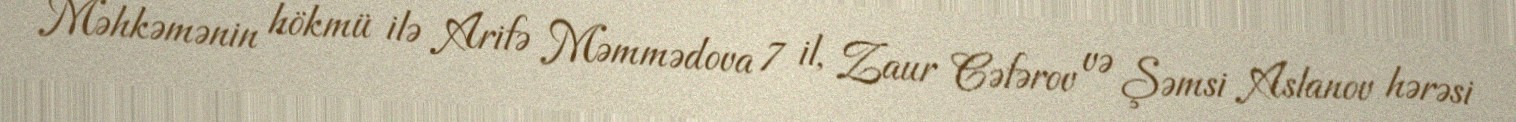
Məhkəmənin hökmü ilə Arifə Məmmədova 7 il, Zaur Cəfərov və Şəmsi Aslanov hərəsi